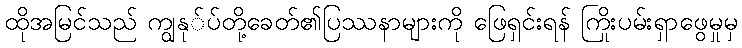
ထိုအမြင်သည် ကျွနု်ပ်တို့ခေတ်၏ပြဿနာများကို ဖြေရှင်းရန် ကြိုးပမ်းရှာဖွေမှုမှ